V__Kingissepa_nim__kolhoos, lk 61
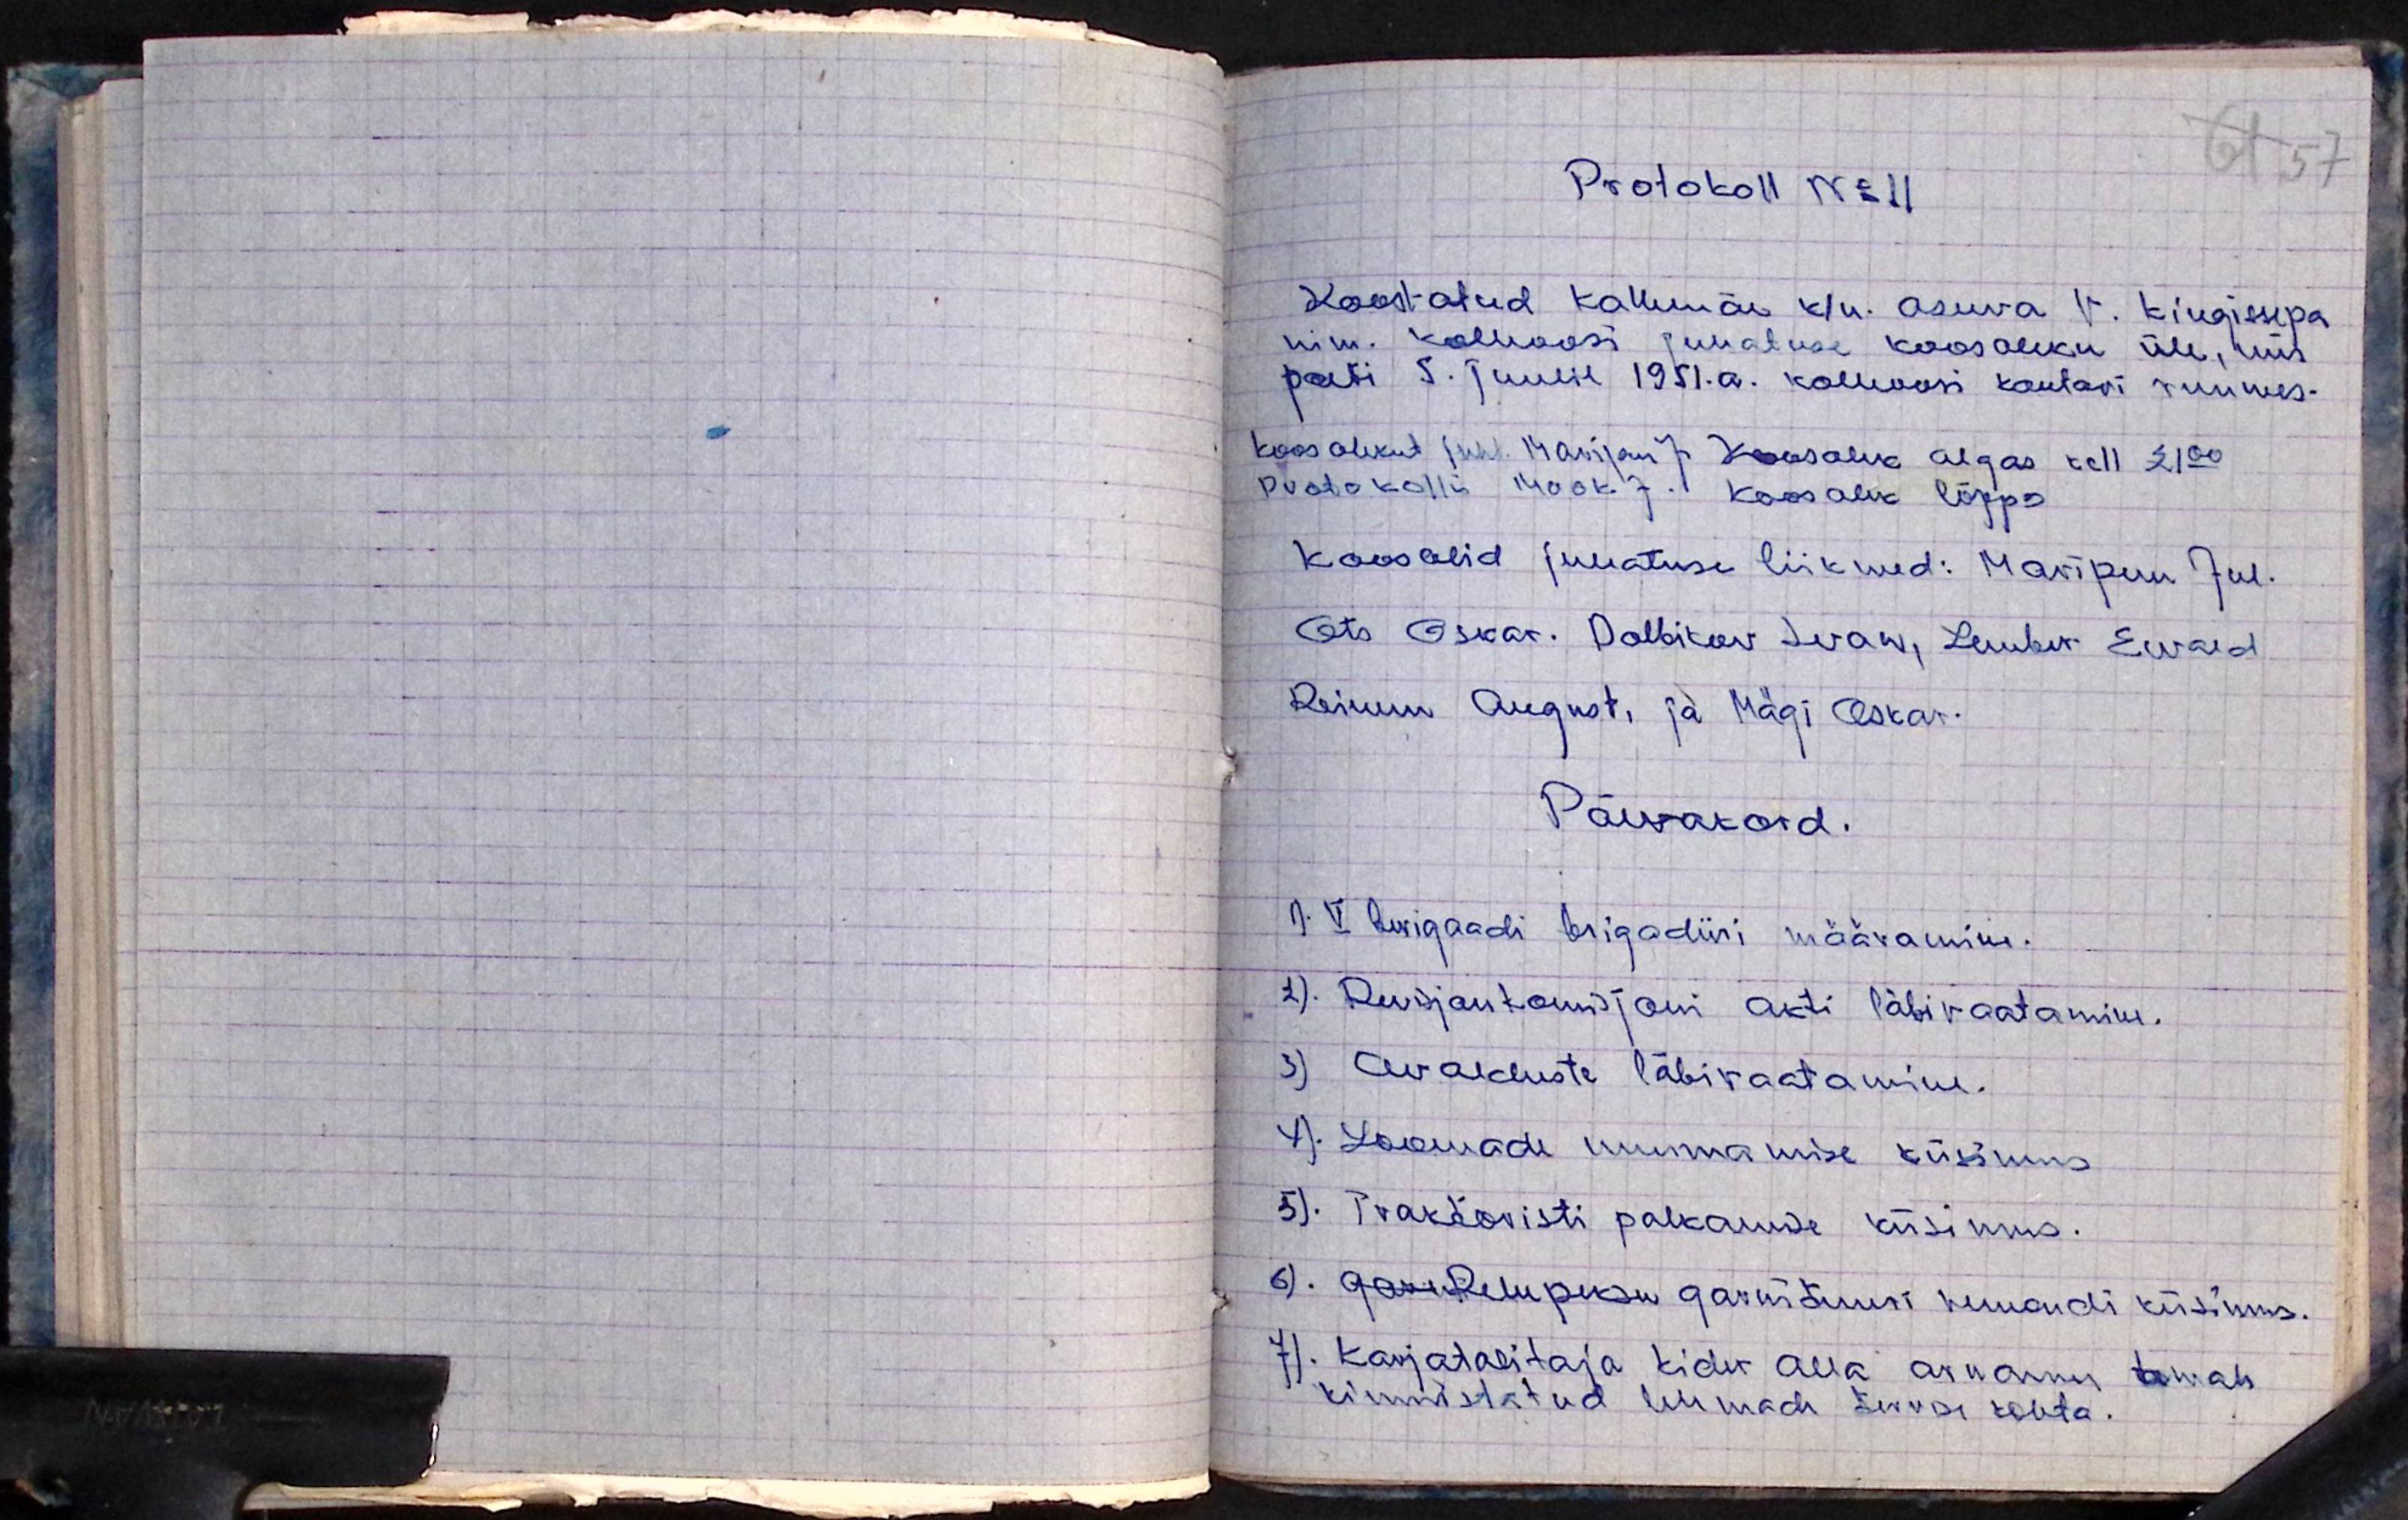
Protokoll No 11
61 57
Kaestatud Kallemäe k/u. asuva V. Kingissepa
nim. kolhoosi juhatuse koosoleku üle, mis
peeti 5. Juulil 1951.a. kolhoosi kontori ruumes-
koosolekut juht. Maripuu J. Koosolek algas kell 2100
Protokollis Mook J. Koosolek lõppes
koos olid juhatuse liikmed: Maripuu Jul.
Ots Oskar. Dolbitkov Ivan, Lember Ewald
Reinem August, ja Mägi Oskar.
Päevakord.
1. V brigaadi brigadiiri määramine.
2). Revisjon komisjoni akti läbivaatamine.
3) Avalduste läbivaatamine.
4). Loomade nuumamise küsimus
5). Traktoristi palkamise küsimus.
6). Gass Rehepeksu garnituuri remondi küsimus.
7). Karjatalitaja Kider Alla aruanne tahab
kinnistatud lehmade tervise kohta.